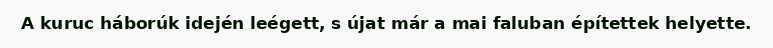
A kuruc háborúk idején leégett, s újat már a mai faluban építettek helyette.